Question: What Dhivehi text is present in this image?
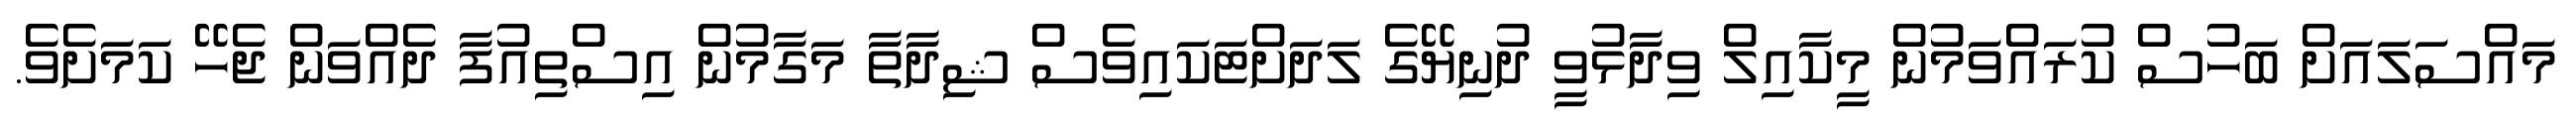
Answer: މައްސަލައަށް ބަހުސް ކުރައްވަމުން މީކާއިލް ވިދާޅުވީ ދުނިޔޭގެ ލަދަށްޓަކައިވެސް ޝިދާތާ މަގާމުން އިސްތިއުފާ ދެއްވަން ޖެހޭ ކަމަށެވެ.